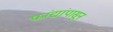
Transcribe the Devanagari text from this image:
फांद्यांपासून